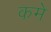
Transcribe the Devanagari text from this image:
कमे